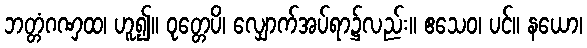
ဘတ္တံဂဏှထ၊ ဟူ၍။ ဝုတ္တေပိ၊ လျှောက်အပ်ရာ၌လည်း။ ဧသေဝ၊ ပင်။ နယော၊